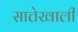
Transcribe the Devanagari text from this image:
सात्तेखाली